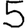
Digit: 5